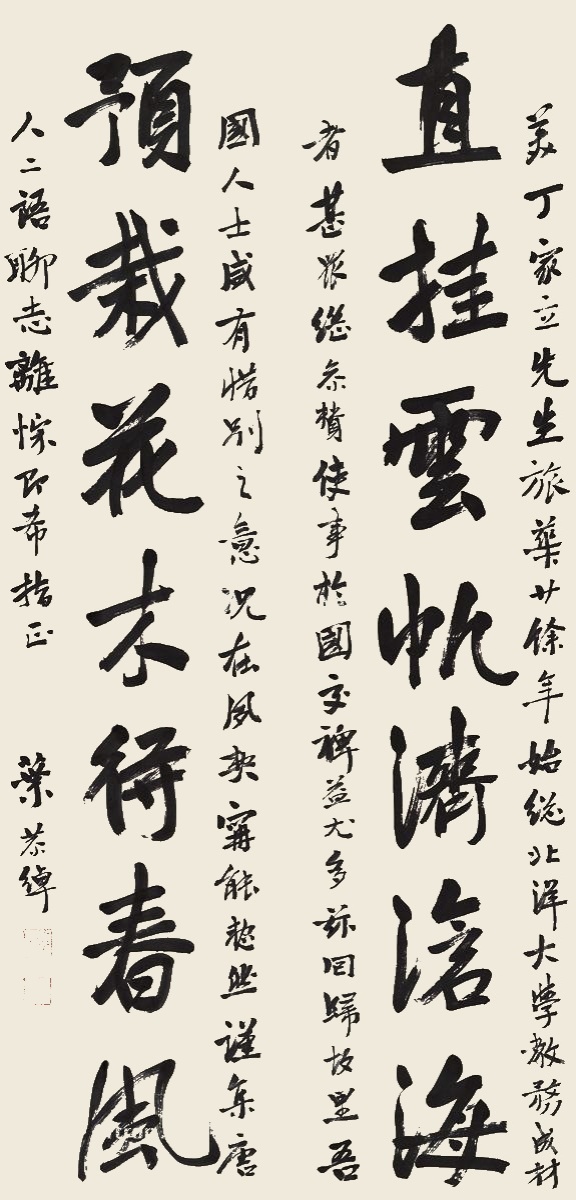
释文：直挂云帆济沧海，预栽花木待春风。美丁家立先生旅华廿余年，始总北洋大学教务，成材者甚众。继参赞使事于国交，禆益尤多，兹回归故里，吾国人士咸有惜别之意，况在夙契，宁能恝然。谨集唐人二语聊志离悰，即希指正。